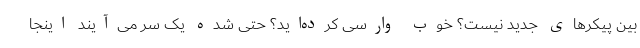
بین پیکرهای جدید نیست؟ خوب وارسی کرده‌اید؟ حتی شده یک سر می‌آیند اینجا